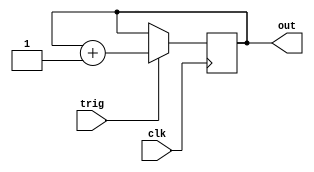
`timescale 1ns / 1ps

module xorer(
    input clk,
    input trig,
    output reg out
    );
    
    always @ (posedge clk)
    begin
        if (trig)
            out = out + 1;
    end
endmodule